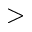
>